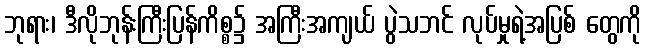
ဘုရား၊ ဒီလိုဘုန်းကြီးပြန်ကိစ္စ၌ အကြီးအကျယ် ပွဲသဘင် လုပ်မှုရဲ့အပြစ် တွေကို